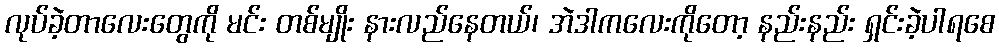
လုပ်ခဲ့တာလေးတွေကို မင်း တစ်မျိုး နားလည်နေတယ်၊ အဲဒါကလေးကိုတော့ နည်းနည်း ရှင်းခဲ့ပါရစေ